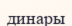
динары